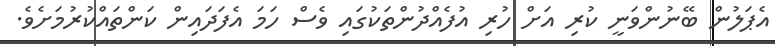
އެޕަލުން ބޭނުންވަނީ ކުރި އަށް ހުރި އުފެއްދުންތަކުގައި ވެސް ހަމަ އެފަދައިން ކަންތައްކުރުމަށެވެ.